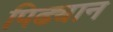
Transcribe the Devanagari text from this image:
पिढ्यान